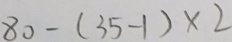
8 0 - ( 3 5 - 1 ) \times 2